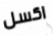
اكسل